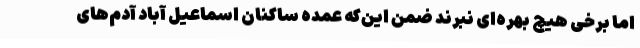
اما برخی هیچ بهره‌ای نبرند ضمن این‌که عمده ساکنان اسماعیل آباد آدم‌های